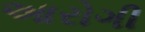
આરોગી